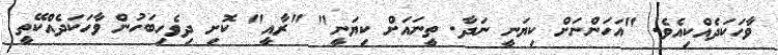
ވާހަކަދެއްކިއެވެ. "އަހަންނަށް ކިޔަނީ ނަދާ. ތީނައަށް ކިޔަނީ" "ރާއީ" ކޮށި ދިވެހިބަހުން ވާހަކަދެއްކޭތީ